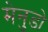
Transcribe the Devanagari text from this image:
मेनुडो